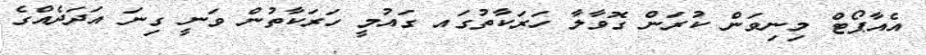
އެއާޕޯޓް މިނިވަން ކުރަން ގޮވާލާ ހަރަކާތުގައ ގައުމީ ހަރަކާތުން ވަނީ ގިނަ އަދަދެއްގެ